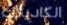
الكاديلاك